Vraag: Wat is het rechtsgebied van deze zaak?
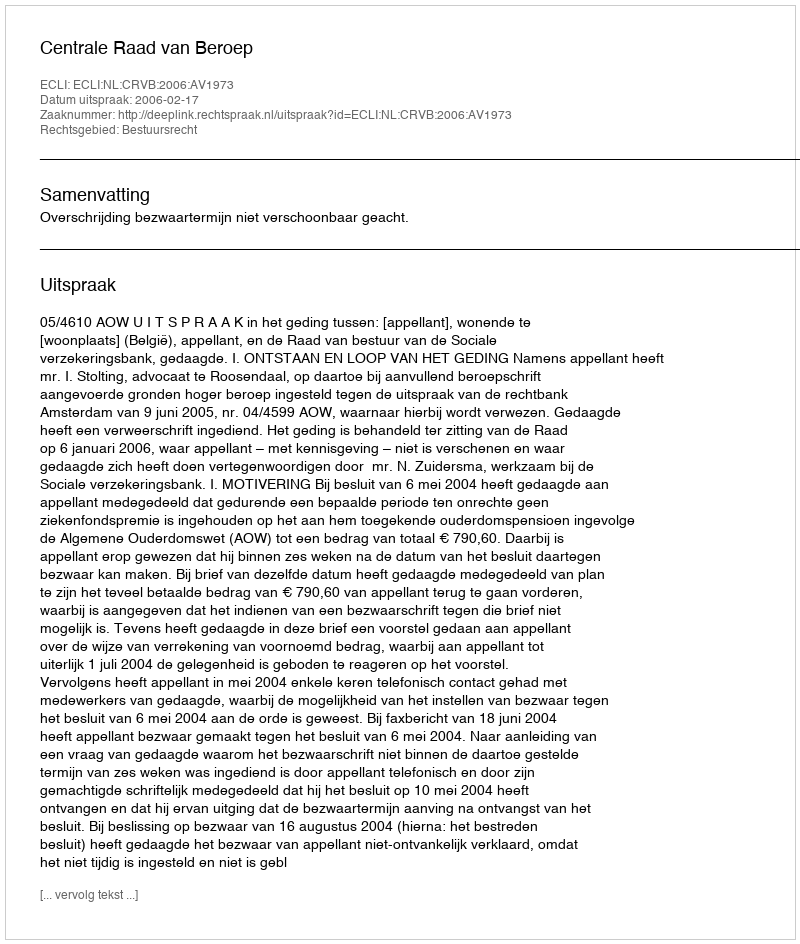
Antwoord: Bestuursrecht